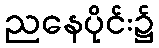
ညနေပိုင်း၌